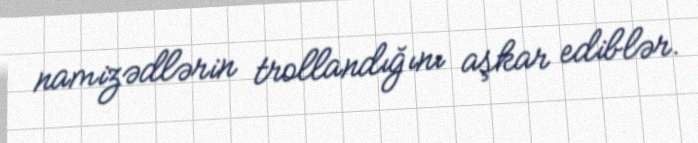
namizədlərin trollandığını aşkar ediblər.